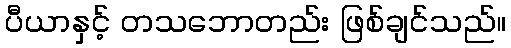
ပီယာနှင့် တသဘောတည်း ဖြစ်ချင်သည်။